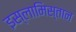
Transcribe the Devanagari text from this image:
इस्लामिस्तान